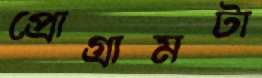
প্রোগ্রামটা